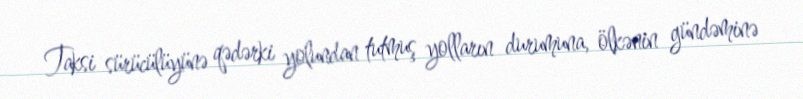
Taksi sürücülüyünə qədərki yolundan tutmuş yolların durumuna, ölkənin gündəminə